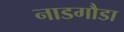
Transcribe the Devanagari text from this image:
नाडगौडा